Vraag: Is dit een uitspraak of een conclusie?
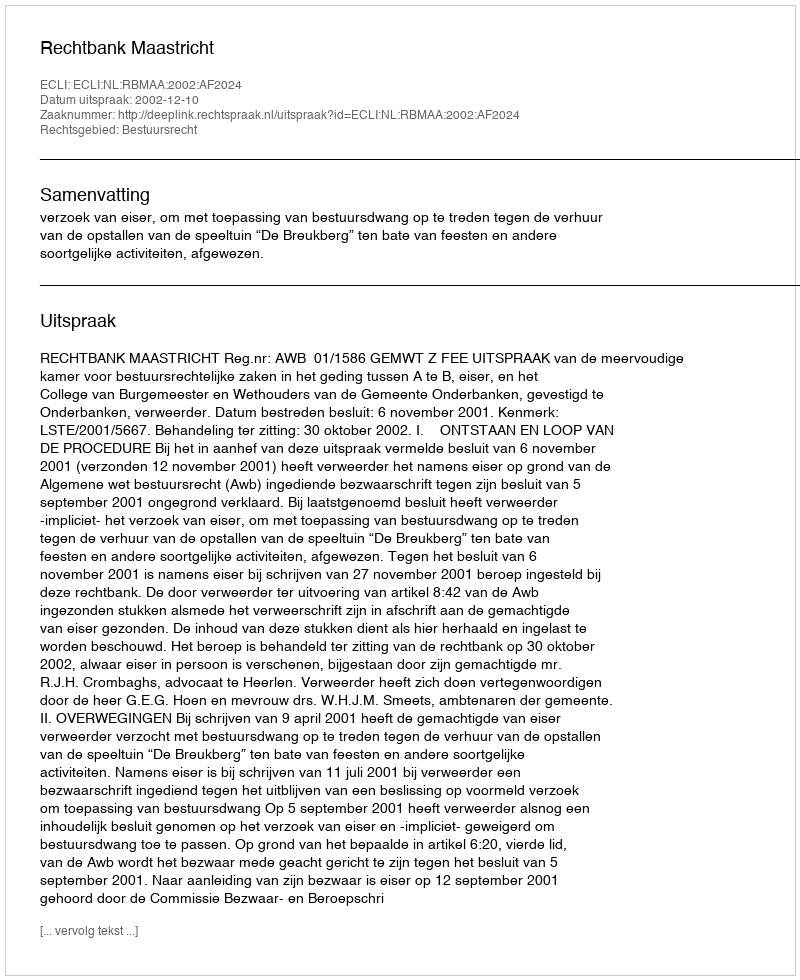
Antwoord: Uitspraak